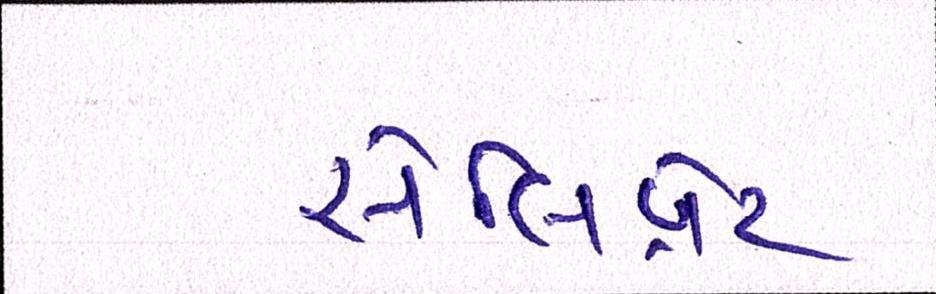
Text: સેલિબ્રેટ